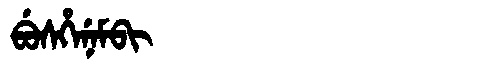
Manchu: ᠪᡠᠰᡥᡝᠨᡝᠮᠪᡳ
Romanization: BUSHENEMBI